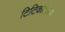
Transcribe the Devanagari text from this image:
टिटिकाकाला